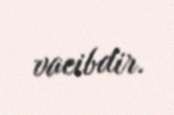
vacibdir.